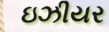
ઇઝીયર